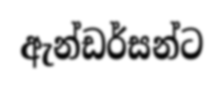
ඇන්ඩර්සන්ට